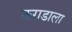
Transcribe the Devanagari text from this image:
कराडाला